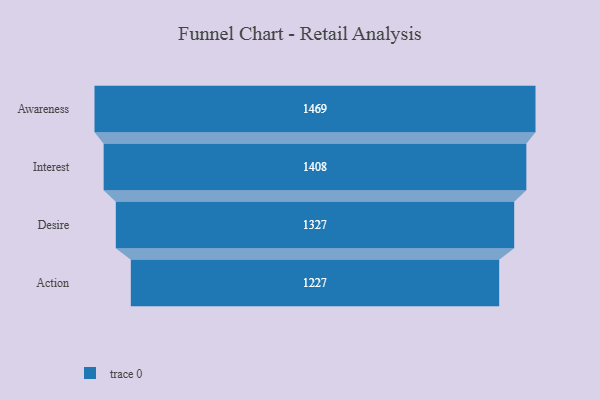
{"axis": {"x": "Stage", "y": "Value"}, "legend": [""], "data": [{"x": "Awareness", "y": 1469.0, "type": ""}, {"x": "Interest", "y": 1408.0, "type": ""}, {"x": "Desire", "y": 1327.0, "type": ""}, {"x": "Action", "y": 1227.0, "type": ""}]}